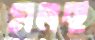
মলছ